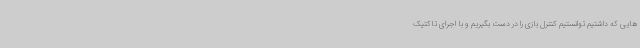
هایی که داشتیم توانستیم کنترل بازی را در دست بگیریم و با اجرای تاکتیک